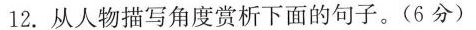
12.从人物描写角度赏析下面的句子。(6分)